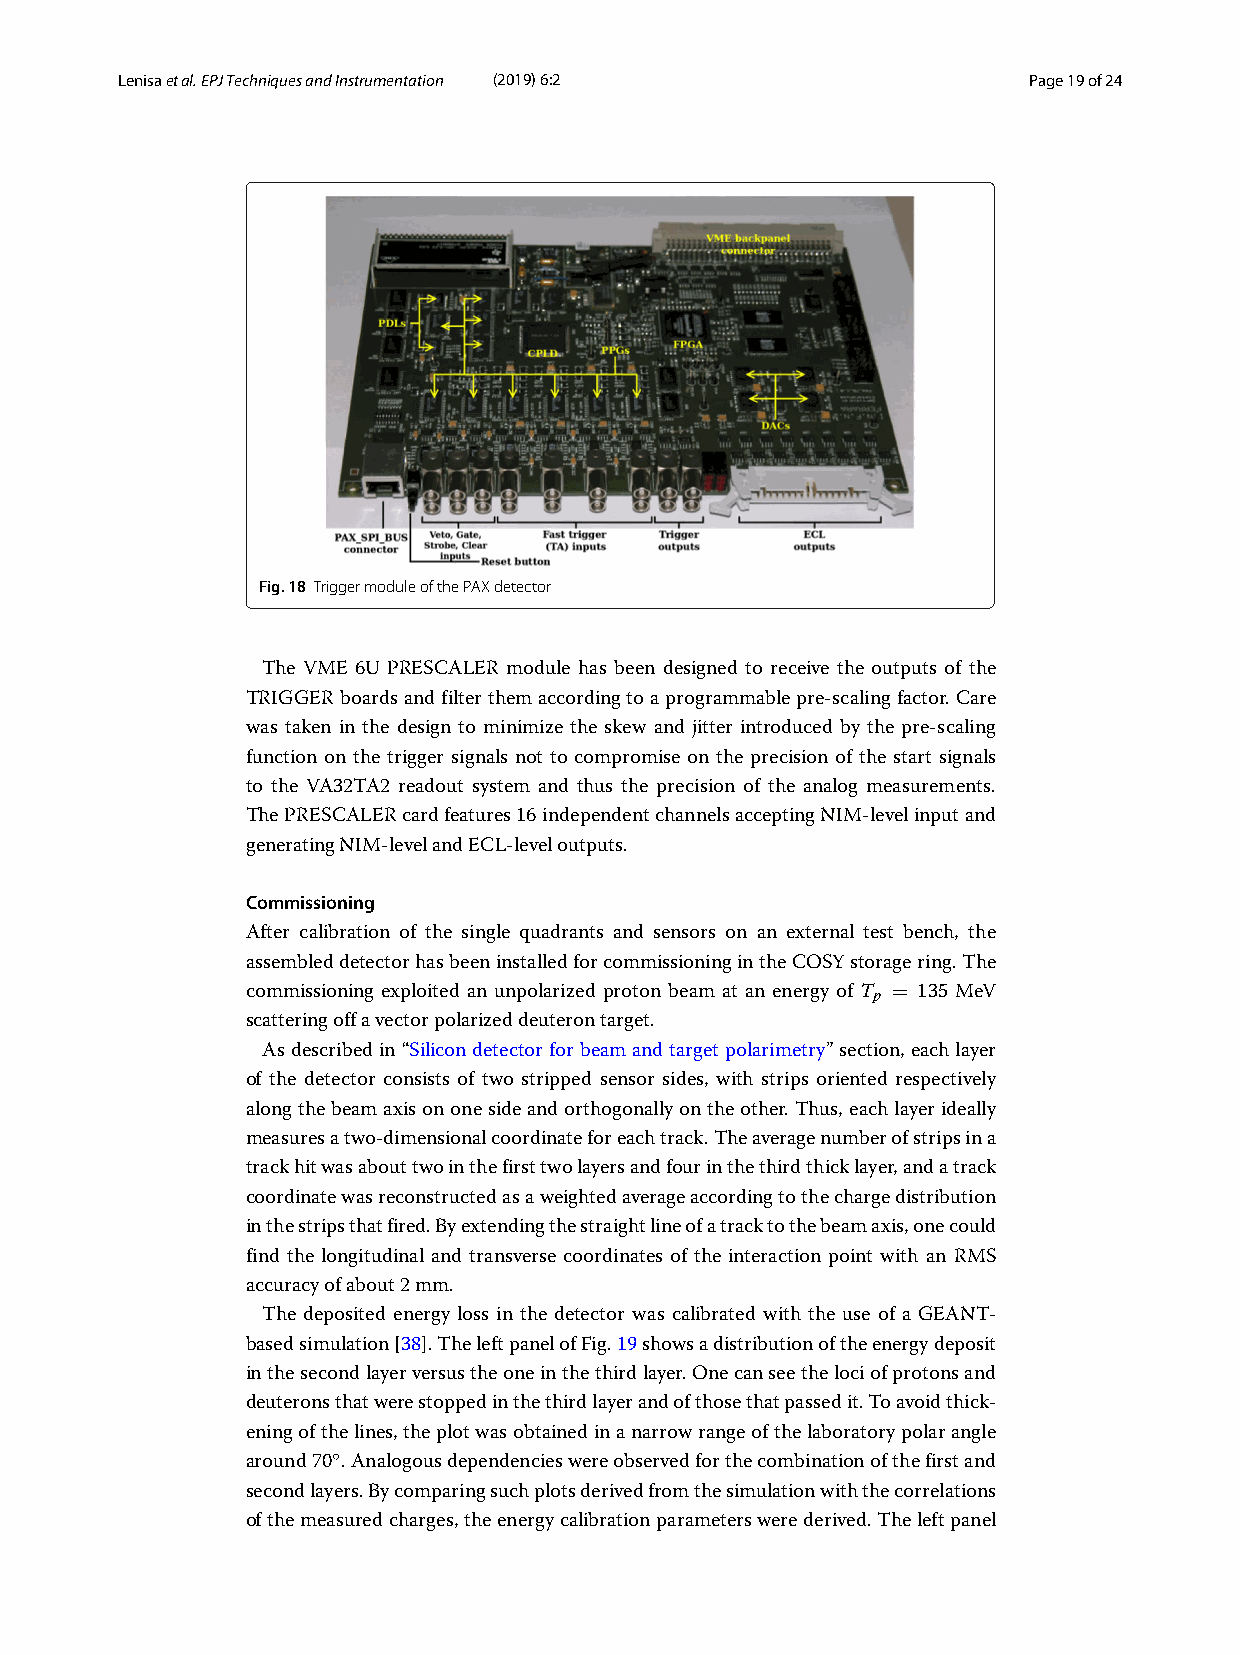
Lenisaetal.EPJTechniquesandInstrumentation (2019) 6:2       Page19of24
 Fig.18 TriggermoduleofthePAXdetector
 The VME 6U PRESCALER module has been designed to receive the outputs of the
 TRIGGERboardsandfilterthemaccordingtoaprogrammablepre-scalingfactor.Care
 was taken in the design to minimize the skew and jitter introduced by the pre-scaling
 function on the trigger signals not to compromise on the precision of the start signals
 to the VA32TA2 readout system and thus the precision of the analog measurements.
 ThePRESCALERcardfeatures16independentchannelsacceptingNIM-levelinputand
 generatingNIM-levelandECL-leveloutputs.
 Commissioning
 After calibration of the single quadrants and sensors on an external test bench, the
 assembleddetectorhasbeeninstalledforcommissioningintheCOSYstoragering.The
 commissioning exploited an unpolarized proton beam at an energy of T = 135 MeV
 p
 scatteringoffavectorpolarizeddeuterontarget.
 Asdescribedin“Silicondetectorforbeamandtargetpolarimetry”section,eachlayer
 of the detector consists of two stripped sensor sides, with strips oriented respectively
 alongthebeamaxisononesideandorthogonallyontheother.Thus,eachlayerideally
 measuresatwo-dimensionalcoordinateforeachtrack.Theaveragenumberofstripsina
 trackhitwasabouttwointhefirsttwolayersandfourinthethirdthicklayer,andatrack
 coordinatewasreconstructedasaweightedaverageaccordingtothechargedistribution
 inthestripsthatfired.Byextendingthestraightlineofatracktothebeamaxis,onecould
 find the longitudinal and transverse coordinates of the interaction point with an RMS
 accuracyofabout2mm.
 The deposited energy loss in the detector was calibrated with the use of a GEANT-
 basedsimulation[38].TheleftpanelofFig.19showsadistributionoftheenergydeposit
 inthesecondlayerversustheoneinthethirdlayer.Onecanseethelociofprotonsand
 deuteronsthatwerestoppedinthethirdlayerandofthosethatpassedit.Toavoidthick-
 eningofthelines,theplotwasobtainedinanarrowrangeofthelaboratorypolarangle
 ◦
 around70 .Analogousdependencieswereobservedforthecombinationofthefirstand
 secondlayers.Bycomparingsuchplotsderivedfromthesimulationwiththecorrelations
 ofthemeasuredcharges,theenergycalibrationparameterswerederived.Theleftpanel